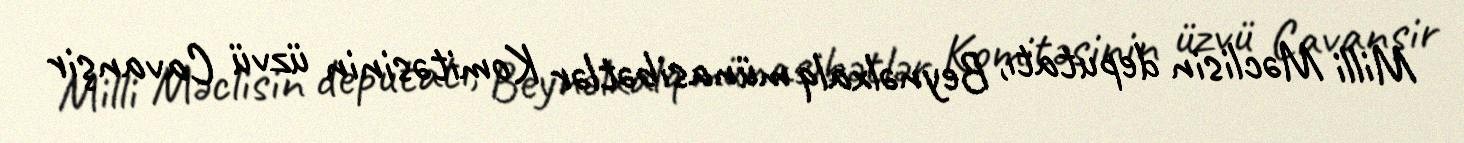
Milli Məclisin deputatı, Beynəlxalq münasibətlər Komitəsinin üzvü Cavanşir